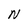
Character: N